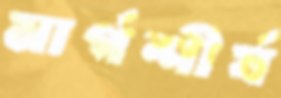
মার্গশীর্ষ